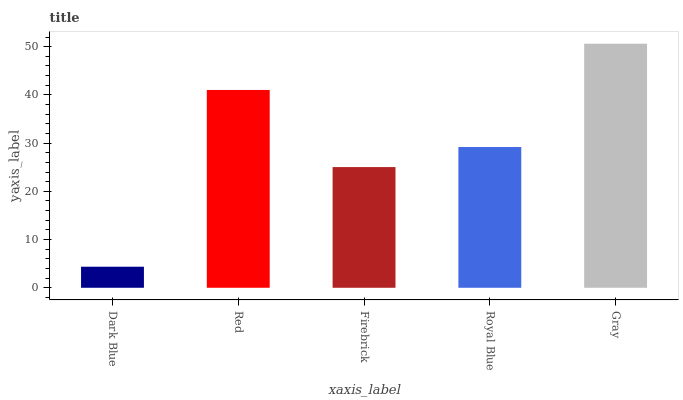
| xaxis_label | bars |
 | --- | --- |
 | Dark Blue | 4.37 |
 | Red | 41 |
 | Firebrick | 25 |
 | Royal Blue | 29.2 |
 | Gray | 50.6 |